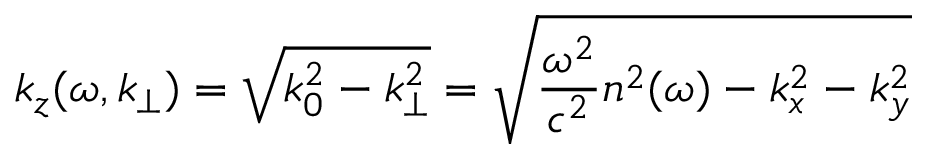
k _ { z } ( \omega , k _ { \perp } ) = \sqrt { k _ { 0 } ^ { 2 } - k _ { \perp } ^ { 2 } } = \sqrt { \frac { \omega ^ { 2 } } { c ^ { 2 } } n ^ { 2 } ( \omega ) - k _ { x } ^ { 2 } - k _ { y } ^ { 2 } }